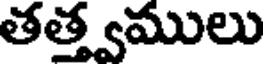
తత్త్వములు